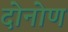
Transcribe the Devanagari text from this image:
दोनोण